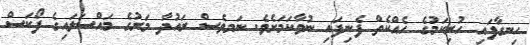
ހިނގާފައި ހުރިކަމުގެ ހެއްކެތް ފެނިފައި ނުވާކަމަށެވެ. ނަމވެސް ރައުދާ މަރުގެ މައްސަލައިގެ ފޯކަސް